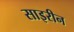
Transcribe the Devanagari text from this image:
साइरीन